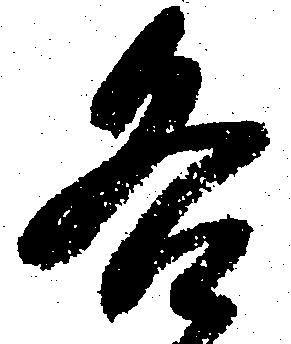
各